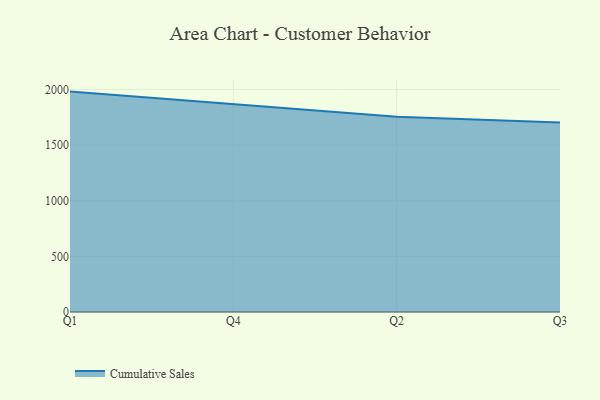
{"axis": {"x": "Quarter", "y": "Headcount"}, "legend": ["Cumulative Sales"], "data": [{"x": "Q1", "y": 1980.6, "type": "Cumulative Sales"}, {"x": "Q4", "y": 1870.3, "type": "Cumulative Sales"}, {"x": "Q2", "y": 1753.7, "type": "Cumulative Sales"}, {"x": "Q3", "y": 1702.0, "type": "Cumulative Sales"}]}